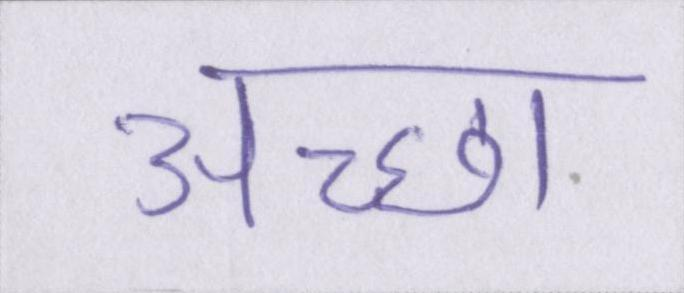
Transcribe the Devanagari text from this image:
अच्छा